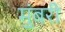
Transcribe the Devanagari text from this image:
मुंबरी